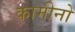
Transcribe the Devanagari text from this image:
कामीनो